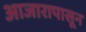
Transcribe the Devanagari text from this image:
आजारापासून